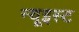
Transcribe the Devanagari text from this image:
न्यूइस्ट